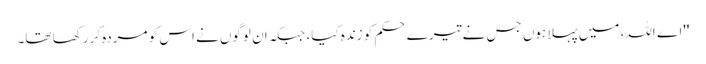
''اے اللہ، میں پہلا ہوں جس نے تیرے حکم کو زندہ کیا، جبکہ ان لوگوں نے اس کو مردہ کر رکھا تھا۔